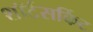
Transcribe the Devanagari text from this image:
शॉर्टसर्किट